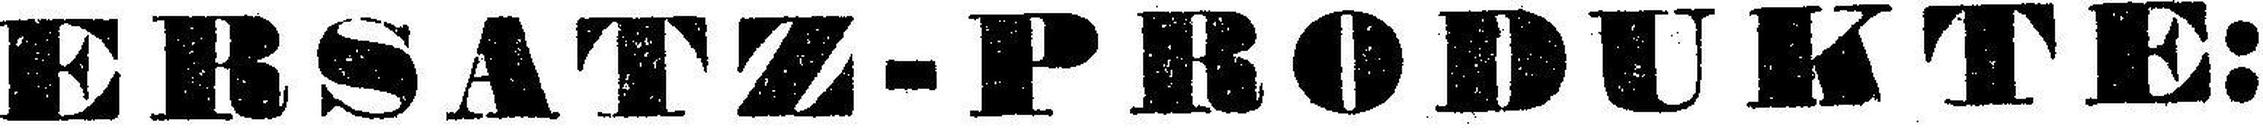
ERSATZ-PRODUKTE: